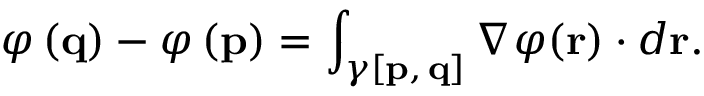
\varphi \left( \mathbf { q } \right) - \varphi \left( \mathbf { p } \right) = \int _ { \gamma [ \mathbf { p } , \, \mathbf { q } ] } \nabla \varphi ( \mathbf { r } ) \cdot d \mathbf { r } .